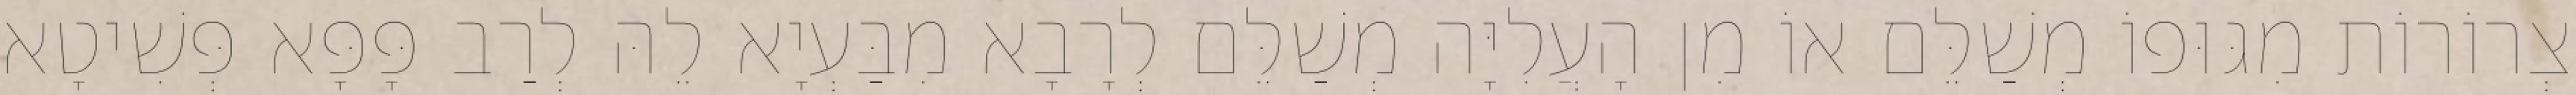
צְרוֹרוֹת מִגּוּפוֹ מְשַׁלֵּם אוֹ מִן הָעֲלִיָּה מְשַׁלֵּם לְרָבָא מִבַּעְיָא לֵהּ לְרַב פָּפָּא פְּשִׁיטָא